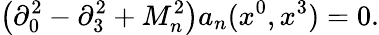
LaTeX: \left(\partial_{0}^{2}-\partial_{3}^{2}+M_{n}^{2}\right)a_{n}(x^{0},x^{3})=0.